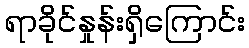
ရာခိုင်နှုန်းရှိကြောင်း